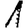
Digit: 1